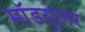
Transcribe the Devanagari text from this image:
मॉडयूलर